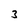
Character: 3